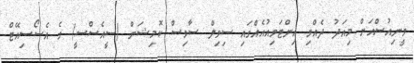
ވީނިއުސްއަށް މިއަދު ދެއްވި އިންޓަވިއުއެއްގައި ސިވިލް ސާވިސް ކޮމިޝަން (ސީއެސްސީ) ގެ އެސޯސިއޭޓް